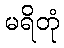
မရိတုံ